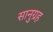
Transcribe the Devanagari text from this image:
सानुग्रह